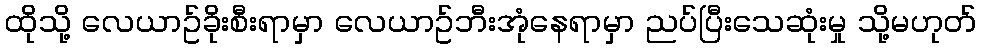
ထိုသို့ လေယာဥ်ခိုးစီးရာမှာ လေယာဥ်ဘီးအုံနေရာမှာ ညပ်ပြီးသေဆုံးမှု သို့မဟုတ်